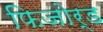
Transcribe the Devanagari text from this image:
फिजोर्ड